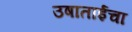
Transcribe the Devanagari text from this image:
उषाताईचा